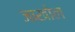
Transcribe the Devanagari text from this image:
जाखोल